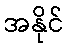
အနိုင်